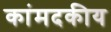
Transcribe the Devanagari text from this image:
कांमदकीय